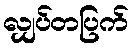
လျှပ်တပြက်